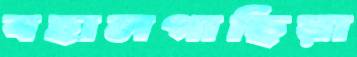
বহালগাছিয়া